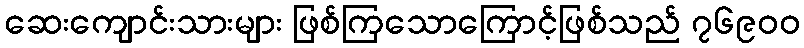
ဆေးကျောင်းသားများ ဖြစ်ကြသောကြောင့်ဖြစ်သည် ၇၆၉၀၀